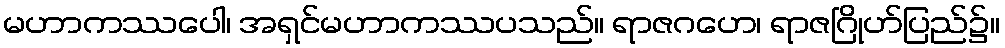
မဟာကဿပေါ၊ အရှင်မဟာကဿပသည်။ ရာဇဂဟေ၊ ရာဇဂြိုဟ်ပြည်၌။